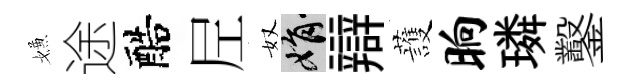
嫌途醅𡰱奴娟辯䕶晌璘鑿